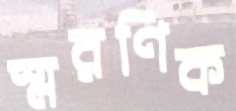
স্মরণিক